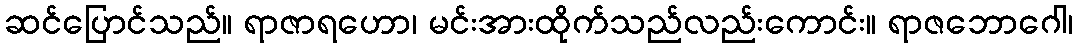
ဆင်ပြောင်သည်။ ရာဇာရဟော၊ မင်းအားထိုက်သည်လည်းကောင်း။ ရာဇဘောဂေါ၊